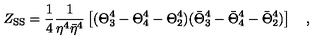
Z _ { \mathrm { S S } } = { \frac { 1 } { 4 } } { \frac { 1 } { \eta ^ { 4 } { \bar { \eta } } ^ { 4 } } } \left[ ( \Theta _ { 3 } ^ { 4 } - \Theta _ { 4 } ^ { 4 } - \Theta _ { 2 } ^ { 4 } ) ( { \bar { \Theta } } _ { 3 } ^ { 4 } - { \bar { \Theta } } _ { 4 } ^ { 4 } - { \bar { \Theta } } _ { 2 } ^ { 4 } ) \right] \quad ,